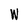
Character: W